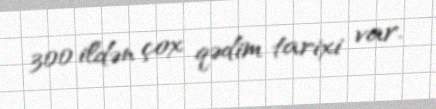
300 ildən çox qədim tarixi var.